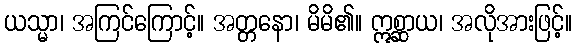
ယသ္မာ၊ အကြင်ကြောင့်။ အတ္တနော၊ မိမိ၏။ ဣစ္ဆာယ၊ အလိုအားဖြင့်။